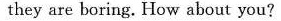
they are boring. How about you?